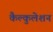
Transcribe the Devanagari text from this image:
कैल्कुलेशन